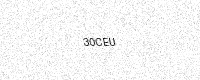
Text: 30CEU